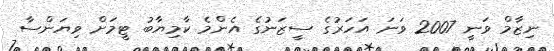
ނިޒާމް ވަނީ 2007 ވަނަ އަހަރުގެ ސީޒަނުގެ އެންމެ ކާމިޔާބު ޓީމަށް ވިޔަންސާ